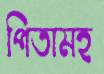
পিতামহ